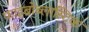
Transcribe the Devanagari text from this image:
फाइब्रोब्लास्टिक